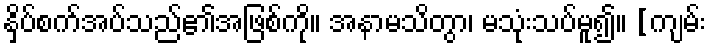
နှိပ်စက်အပ်သည်၏အဖြစ်ကို။ အနာမသိတွာ၊ မသုံးသပ်မူ၍။ [ကျမ်း